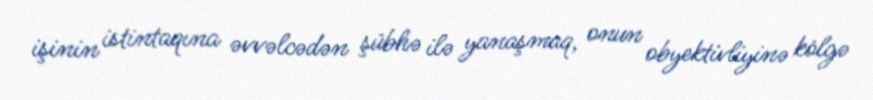
işinin istintaqına əvvəlcədən şübhə ilə yanaşmaq, onun obyektivliyinə kölgə